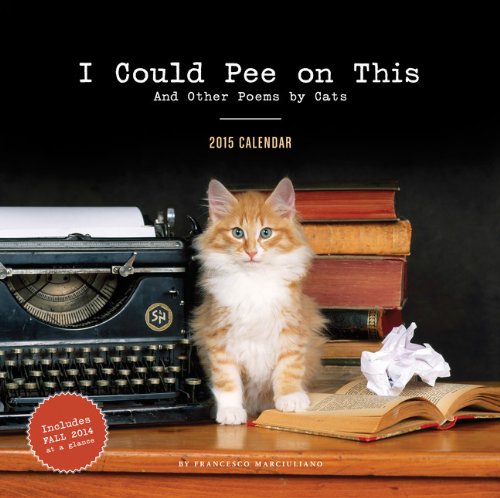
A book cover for I Could Pee on This 2015 Wall Calendar; Francesco Marciuliano; Calendars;